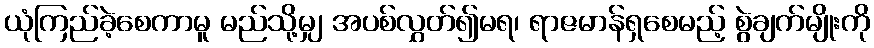
ယုံကြည်ခဲ့စေကာမူ မည်သို့မျှ အပစ်လွှတ်၍မရ၊ ရာဇမာန်ရှစေမည့် စွဲချက်မျိုးကို